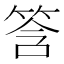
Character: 筨